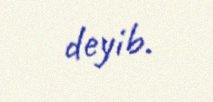
deyib.